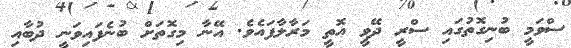
ސްވަމީ ބުނިގޮތުގައި ސްރީ ދޭވީ އޮތީ މަރާލާފައެވެ. އޭނާ މިގޮތަށް ބުނެފައިވަނީ ދުބާއި